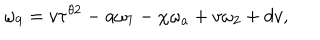
\omega _ { 9 } = v \tau ^ { \theta 2 } - a \omega _ { 7 } - \chi \omega _ { a } + v \omega _ { 2 } + d v ,